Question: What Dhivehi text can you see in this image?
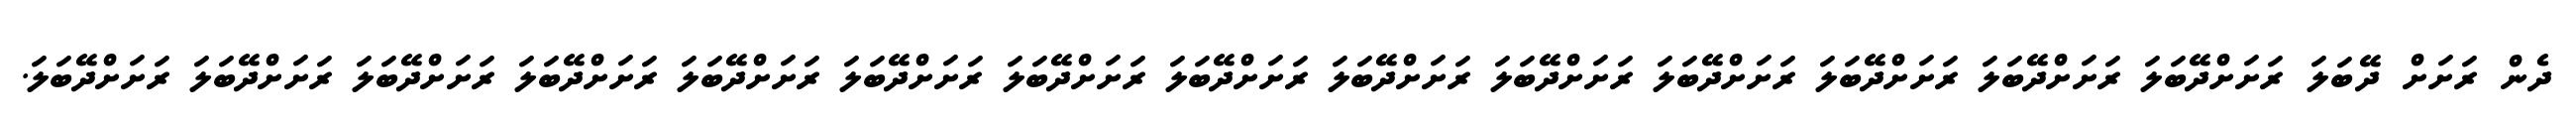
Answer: ދެން ރަށަށް ދޭބަލަ ރަށަށްދޭބަލަ ރަށަށްދޭބަލަ ރަށަށްދޭބަލަ ރަށަށްދޭބަލަ ރަށަށްދޭބަލަ ރަށަށްދޭބަލަ ރަށަށްދޭބަލަ ރަށަށްދޭބަލަ ރަށަށްދޭބަލަ ރަށަށްދޭބަލަ ރަށަށްދޭބަލަ ރަށަށްދޭބަލަ ރަށަށްދޭބަލަ ރަށަށްދޭބަލަ.